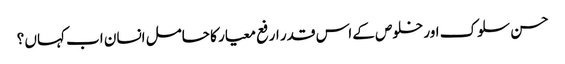
حسن سلوک اور خلوص کے اس قدر ارفع معیار کا حامل انسان اب کہاں ؟